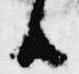
候